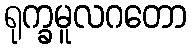
ရုက္ခမူလဂတော